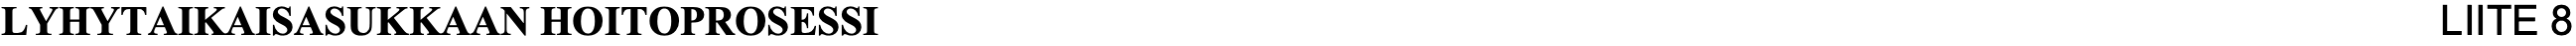
LYHYTAIKAISASUKKAAN HOITOPROSESSI                                                LIITE 8